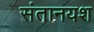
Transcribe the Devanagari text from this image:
संतानयश